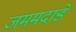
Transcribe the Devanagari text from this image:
जममदाडे